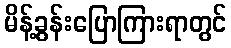
မိန့်ခွန်းပြောကြားရာတွင်